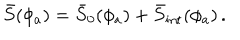
\bar { S } ( \phi _ { a } ) = \bar { S } _ { 0 } ( \phi _ { a } ) + \bar { S } _ { \mathrm { i n t } } ( \phi _ { a } ) \, .